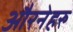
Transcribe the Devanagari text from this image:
औरनेहरु